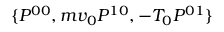
\{ P ^ { 0 0 } , m v _ { 0 } P ^ { 1 0 } , - T _ { 0 } P ^ { 0 1 } \}